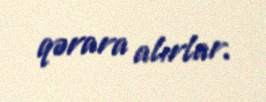
qərara alırlar.